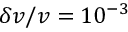
\delta v / v = 1 0 ^ { - 3 }